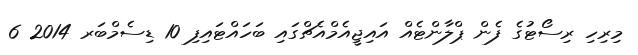
މިރިހި ރިސޯޓުގެ ފެން ޕްލާންޓެއް އައިޖީއެމްއެޗްގައި ބަހައްޓައިފި 10 ޑިސެމްބަރ 2014 6